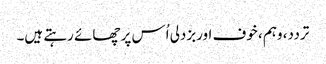
تردد، وہم ، خوف اوربزدلی اُس پر چھائے رہتے ہیں۔